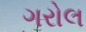
ગરોલ